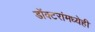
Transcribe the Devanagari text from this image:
डॉक्टरांमध्येही